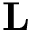
\mathbf { L }